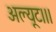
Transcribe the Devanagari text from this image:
अल्यूट।।।